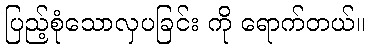
ပြည့်စုံသောလှပခြင်း ကို ရောက်တယ်။